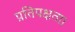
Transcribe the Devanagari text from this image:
प्रतिपक्षता।